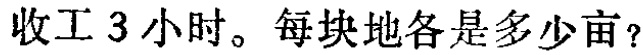
收工3小时。每块地各是多少亩？